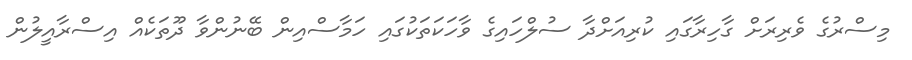
މިސްރުގެ ވެރިރަށް ގާހިރާގައި ކުރިއަށްދާ ސުލްހައިގެ ވާހަކަތަކުގައި ހަމާސްއިން ބޭނުންވާ ދޫތަކެއް އިސްރާއީލުން